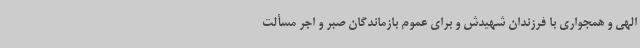
الهی و همجواری با فرزندان شهیدش و برای عموم بازماندگان صبر و اجر مسألت